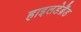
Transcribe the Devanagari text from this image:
हाइलडेब्रैंड